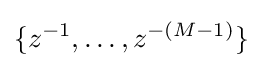
\{z^{-1},\ldots ,z^{-(M-1)}\}